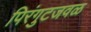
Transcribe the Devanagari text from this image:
पिरंगुटजवळ